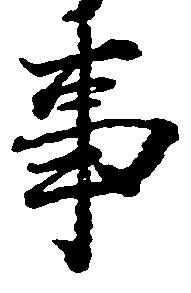
事